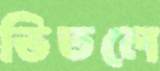
ভিতলে